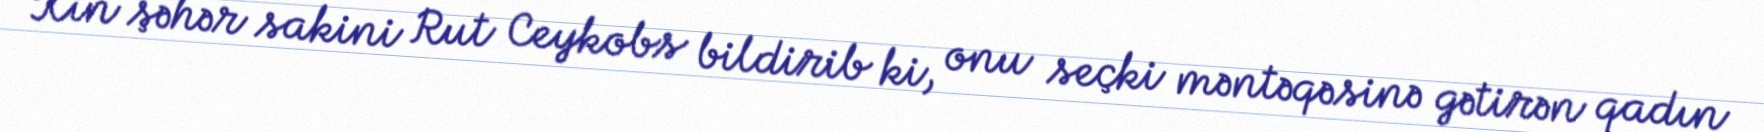
Kin şəhər sakini Rut Ceykobs bildirib ki, onu seçki məntəqəsinə gətirən qadın